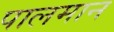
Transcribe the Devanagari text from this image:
पालमान